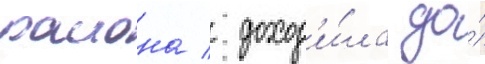
раиона / доход'и́ла до́